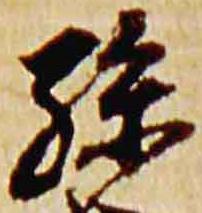
孫